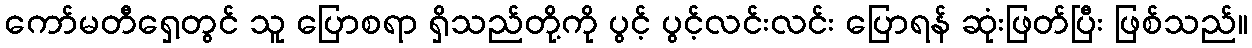
ကော်မတီရှေ့တွင် သူ ပြောစရာ ရှိသည်တို့ကို ပွင့် ပွင့်လင်းလင်း ပြောရန် ဆုံးဖြတ်ပြီး ဖြစ်သည်။